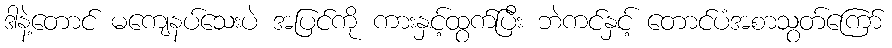
ဒါနဲ့တောင် မကျေနပ်သေးပဲ အပြင်ကို ကားနှင့်ထွက်ပြီး ဘဲကင်နှင့် တောင်ပံအစာသွတ်ကြော်